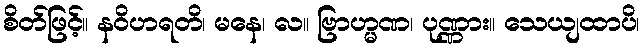
စိတ်ဖြင့်။ နဝိဟရတိ၊ မနေ၊ လ။ ဗြာဟ္မဏ၊ ပုဏ္ဏား။ သေယျထာပိ၊